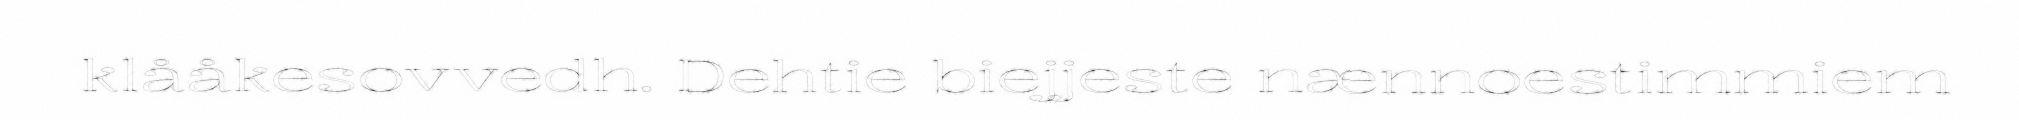
klååkesovvedh. Dehtie biejjeste nænnoestimmiem